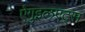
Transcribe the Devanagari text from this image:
ऐगुइलएट्स